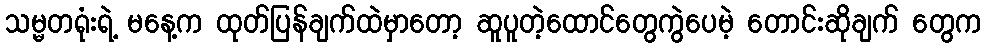
သမ္မတရုံးရဲ့ မနေ့က ထုတ်ပြန်ချက်ထဲမှာတော့ ဆူပူတဲ့ထောင်တွေကွဲပေမဲ့ တောင်းဆိုချက် တွေက